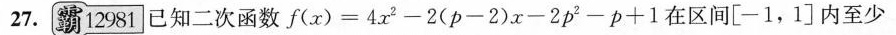
27.霸12981]已知二次函数f(x)=4x2-2(p-2)x-2p2-ρ+1在区间[-1，1]内至少